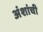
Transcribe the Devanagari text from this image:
अंशांची